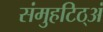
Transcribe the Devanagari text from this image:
संमुहटिठ्‌अं